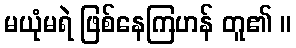
မယုံမရဲ ဖြစ်နေကြဟန် တူ၏ ။